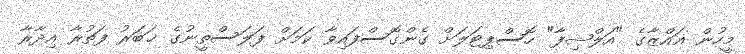
މީހުން ޣައްޒާގެ "އަލްޝިފާ" ހޮސްޕިޓަލަށް ގެންގޮސްފައިވާ ކަމަށް ފަލަސްތީނުގެ ޚަބަރު ފަތުރާ އިދާރާ